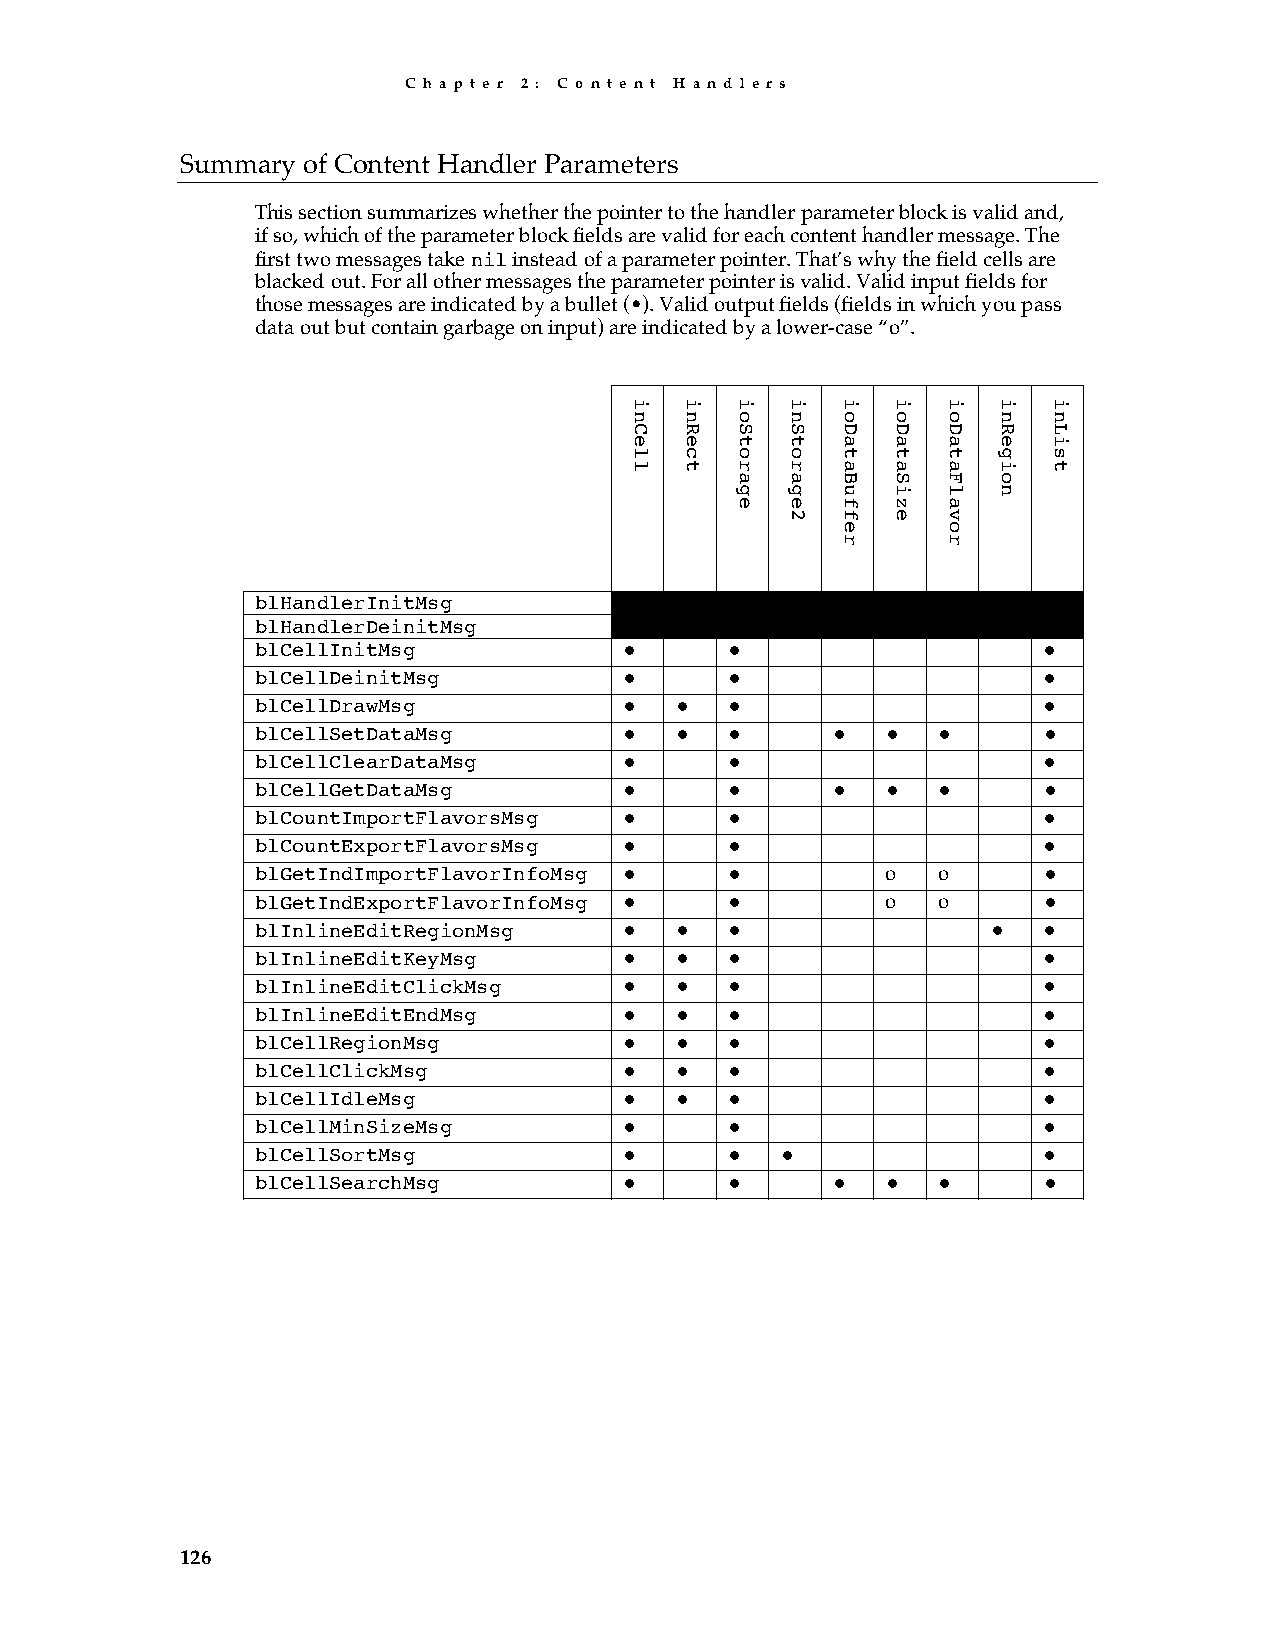
C h a p t e r 2 : C o n t e n t H a n d l e r s
 Summary of Content Handler Parameters
 This section summarizes whether the pointer to the handler parameter block is valid and,
 if so, which of the parameter block fields are valid for each content handler message. The
 first two messages take nil instead of a parameter pointer. That’s why the field cells are
 blacked out. For all other messages the parameter pointer is valid. Valid input fields for
 those messages are indicated by a bullet (•). Valid output fields (fields in which you pass
 data out but contain garbage on input) are indicated by a lower-case “o”.
 blHandlerInitMsg
 blHandlerDeinitMsg
 blCellInitMsg           •      •                    •
 blCellDeinitMsg         •      •                    •
 blCellDrawMsg           •   •  •                    •
 blCellSetDataMsg        •   •  •      •   •  •      •
 blCellClearDataMsg      •      •                    •
 blCellGetDataMsg        •      •      •   •  •      •
 blCountImportFlavorsMsg •      •                    •
 blCountExportFlavorsMsg •      •                    •
 blGetIndImportFlavorInfoMsg •  •          o  o      •
 blGetIndExportFlavorInfoMsg •  •          o  o      •
 blInlineEditRegionMsg   •   •  •                 •  •
 blInlineEditKeyMsg      •   •  •                    •
 blInlineEditClickMsg    •   •  •                    •
 blInlineEditEndMsg      •   •  •                    •
 blCellRegionMsg         •   •  •                    •
 blCellClickMsg          •   •  •                    •
 blCellIdleMsg           •   •  •                    •
 blCellMinSizeMsg        •      •                    •
 blCellSortMsg           •      •   •                •
 blCellSearchMsg         •      •      •   •  •      •
 126
 inCell inRect ioStorage inStorage2 ioDataBuffer ioDataSize ioDataFlavor inRegion inList